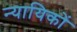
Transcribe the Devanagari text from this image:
न्यायिकों